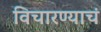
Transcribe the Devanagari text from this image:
विचारण्याचं